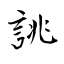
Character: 誂